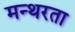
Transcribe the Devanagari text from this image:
मन्थरता